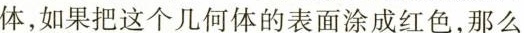
体，如果把这个几何体的表面涂成红色，那么